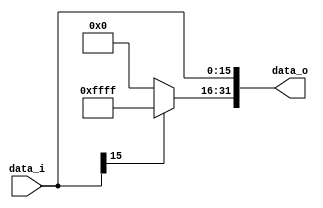
// 0317001_0310511
//Subject:     CO project 3 - Sign extend
//--------------------------------------------------------------------------------
//Version:     1
//--------------------------------------------------------------------------------
//Writer:      
//----------------------------------------------
//Date:        
//----------------------------------------------
//Description: 
//--------------------------------------------------------------------------------

module Sign_Extend(
	data_i,
	data_o
);
               
//I/O ports
input   [16-1:0] data_i;
output  [32-1:0] data_o;

//Internal Signals
reg     [32-1:0] data_o;

//Sign extended
always @(*) begin
	data_o[15:0] <= data_i[15:0];
	
	if (data_i[15]==0) begin
		data_o[31:16] <= 16'b0;
	end
	else begin
		data_o[31:16] <= ~(16'b0);
	end
end
          
endmodule